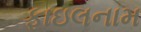
ફાઇલનામ